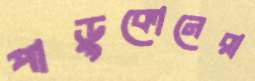
পাড়ুকোনেরা